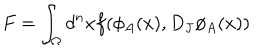
F = \int _ { \Omega } d ^ { n } x f ( \phi _ { A } ( x ) , D _ { J } \phi _ { A } ( x ) )